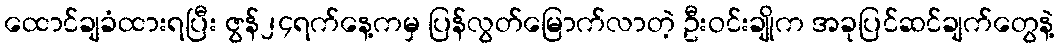
ထောင်ချခံထားရပြီး ဇွန်၂၄ရက်နေ့ကမှ ပြန်လွတ်မြောက်လာတဲ့ ဦးဝင်းချိုက အခုပြင်ဆင်ချက်တွေနဲ့